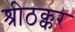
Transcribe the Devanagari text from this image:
श्रीठक्कर